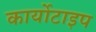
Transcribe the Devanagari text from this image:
कार्योटाइप